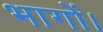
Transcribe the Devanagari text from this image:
भागों।